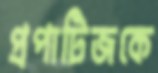
প্রপাটিজকে